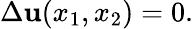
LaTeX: \Delta\mathbf{u}(x_{1},x_{2})=0.